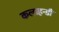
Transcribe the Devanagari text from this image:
कलाहन्डी